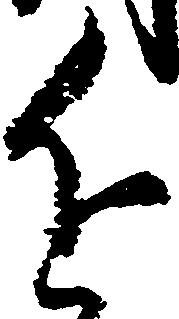
近